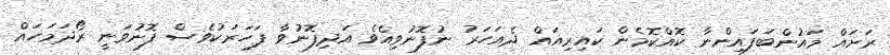
ރަށައް މައުންބަފައިންނާ ކޮއްކޮމެން ކައިރިއައް ދެއަހަރު ނުފޮނުވިއެވެ އަދިފޮނުވާ ފަހަރަކުވެސް ފޮނުވަނީ ރޯދަމަހައް